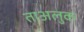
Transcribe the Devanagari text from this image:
ताअलुक